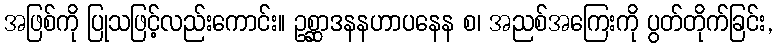
အဖြစ်ကို ပြုသဖြင့်လည်းကောင်း။ ဥစ္ဆာဒနနဟာပနေန စ၊ အညစ်အကြေးကို ပွတ်တိုက်ခြင်း,